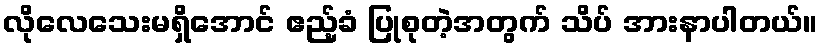
လိုလေသေးမရှိအောင် ဧည့်ခံ ပြုစုတဲ့အတွက် သိပ် အားနာပါတယ်။